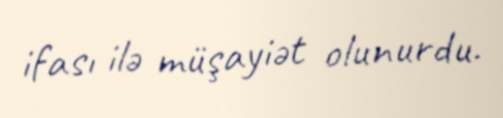
ifası ilə müşayiət olunurdu.